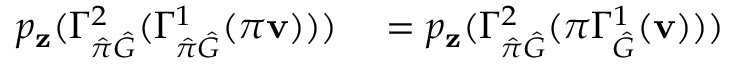
\begin{array} { r l } { p _ { \mathbf { z } } ( \Gamma _ { \hat { \pi } \hat { G } } ^ { 2 } ( \Gamma _ { \hat { \pi } \hat { G } } ^ { 1 } ( \pi \mathbf { v } ) ) ) } & { { } = p _ { \mathbf { z } } ( \Gamma _ { \hat { \pi } \hat { G } } ^ { 2 } ( \pi \Gamma _ { \hat { G } } ^ { 1 } ( \mathbf { v } ) ) ) } \end{array}